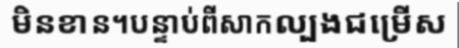
មិនខាន។បន្ទាប់ពីសាកល្បងជម្រើស